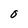
Character: 0